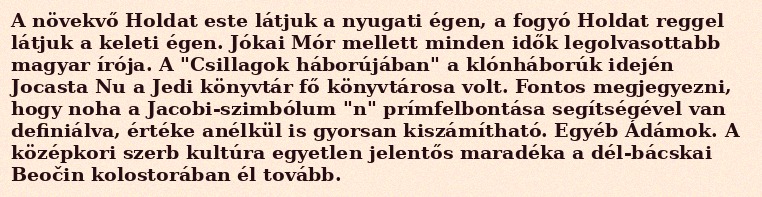
A növekvő Holdat este látjuk a nyugati égen, a fogyó Holdat reggel látjuk a keleti égen. Jókai Mór mellett minden idők legolvasottabb magyar írója. A "Csillagok háborújában" a klónháborúk idején Jocasta Nu a Jedi könyvtár fő könyvtárosa volt. Fontos megjegyezni, hogy noha a Jacobi-szimbólum "n" prímfelbontása segítségével van definiálva, értéke anélkül is gyorsan kiszámítható. Egyéb Ádámok. A középkori szerb kultúra egyetlen jelentős maradéka a dél-bácskai Beočin kolostorában él tovább.